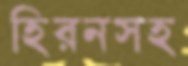
হিরনসহ